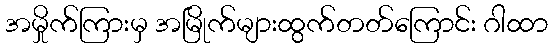
အမှိုက်ကြားမှ အမြိုက်များထွက်တတ်ကြောင်း ဂါထာ